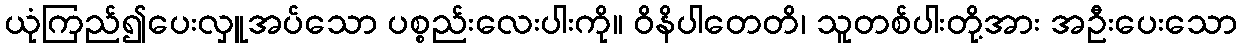
ယုံကြည်၍ပေးလှူအပ်သော ပစ္စည်းလေးပါးကို။ ဝိနိပါတေတိ၊ သူတစ်ပါးတို့အား အဦးပေးသော